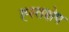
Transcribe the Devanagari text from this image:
ह्स्तक्षेप